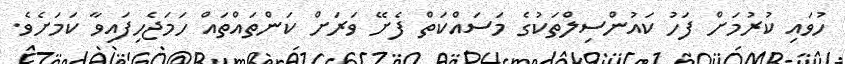
ހުވައި ކުރުމަށް ފަހު ކައުންސިލްތަކުގެ މަސައްކަތް ފެށޭ ވަރަށް ކަންތައްތައް ހަމަޖެހިފައިވާ ކަމަށެވެ.